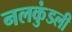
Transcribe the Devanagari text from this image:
नलकुंडली